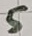
Text: 5